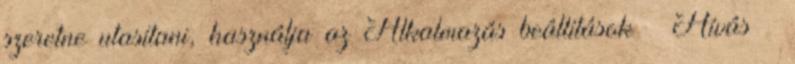
szeretne utasítani, használja az Alkalmazás beállítások → Hívás →